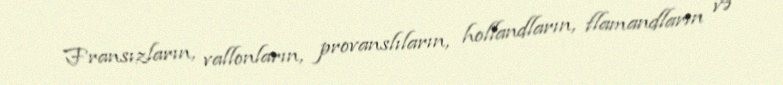
Fransızların, vallonların, provanslıların, hollandların, flamandların və